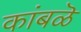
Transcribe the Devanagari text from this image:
कांबळॆ